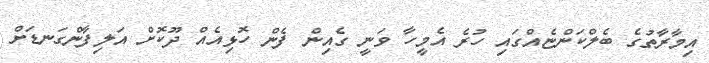
އިމާރާތުގެ ބެލްކަންޏެއްގައި ހުރެ އެމީހާ ވަނީ ގެއިން ފެން ހޮޅިއެއް ދޫކޮށް އަލިފާންގަނޑަށް